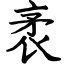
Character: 袤